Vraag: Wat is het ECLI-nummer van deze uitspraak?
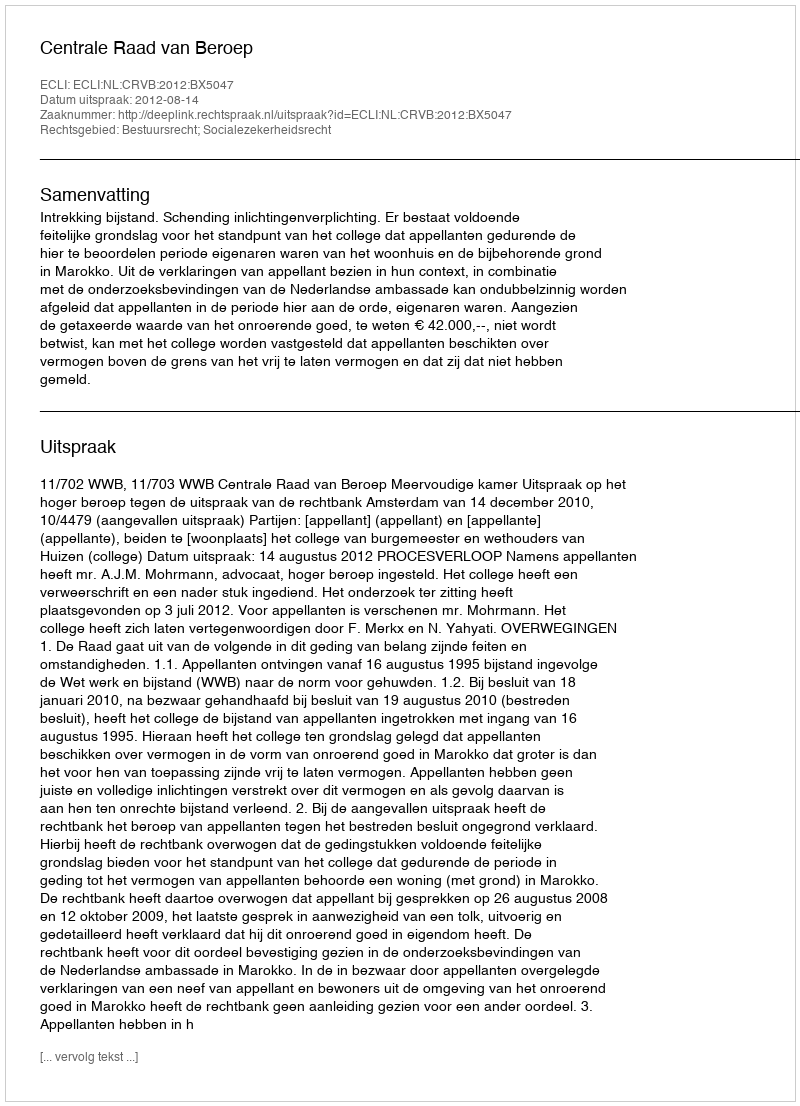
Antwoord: ECLI:NL:CRVB:2012:BX5047